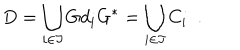
D = \bigcup _ { i \in \Im } G d _ { i } G ^ { * } = \bigcup _ { i \in \Im } C _ { i } \ \ .